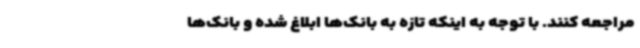
مراجعه کنند. با توجه به اینکه تازه به بانک‌ها ابلاغ شده و بانک‌ها